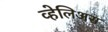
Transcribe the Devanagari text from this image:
व्हेलिअस